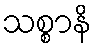
သစ္စာနိ